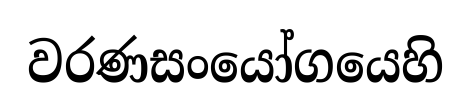
වරණසංයෝගයෙහි